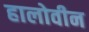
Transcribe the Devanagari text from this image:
हालोवीन